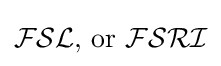
{\mathcal {FSL}}{\text{, or }}{\mathcal {FSRI}}